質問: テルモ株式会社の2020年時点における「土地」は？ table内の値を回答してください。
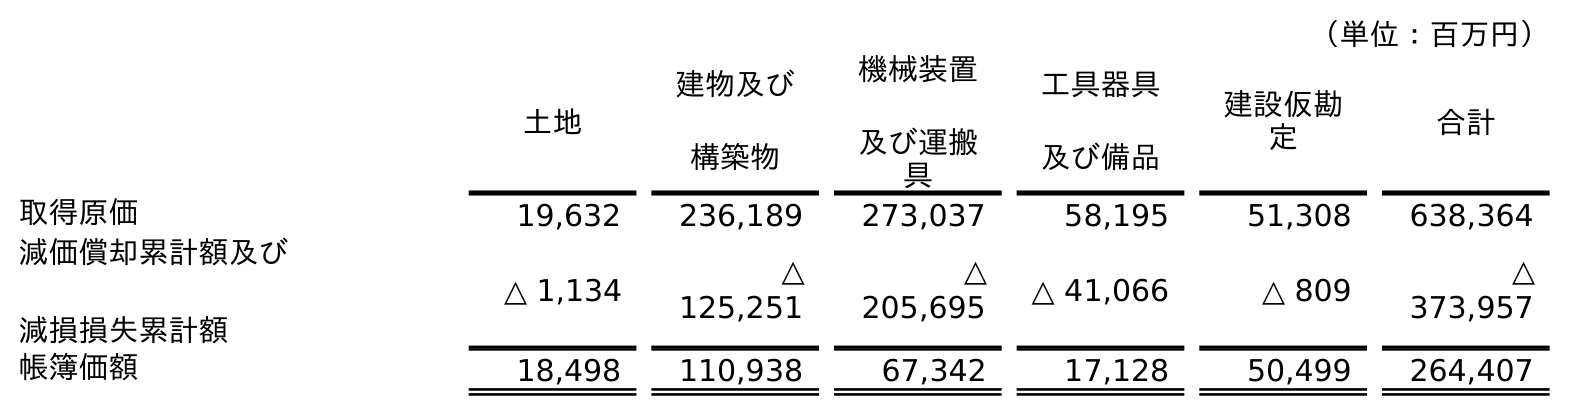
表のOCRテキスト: （単位：百万円） 土地 建物及び 構築物 機械装置 及び運搬 具 工具器具 及び備品 建設仮勘 定 合計 取得原価 19,632 236,189 273,037 58,195 51,308 638,364 減価償却累計額及び 減損損失累計額 △ 1,134 △ 125,251 △ 205,695 △ 41,066 △ 809 △ 373,957 帳簿価額 18,498 110,938 67,342 17,128 50,499 264,407
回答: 18,498